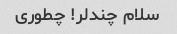
سلام چندلر! چطوری